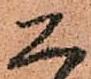
恐